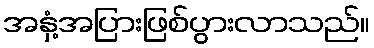
အနှံ့အပြားဖြစ်ပွားလာသည်။